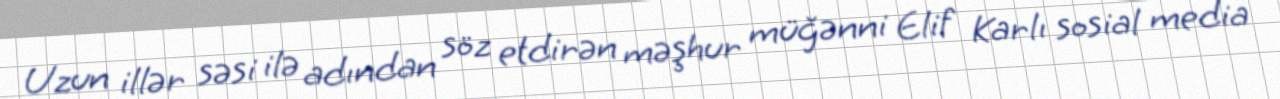
Uzun illər səsi ilə adından söz etdirən məşhur müğənni Elif Karlı sosial media